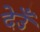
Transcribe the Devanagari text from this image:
देउँ